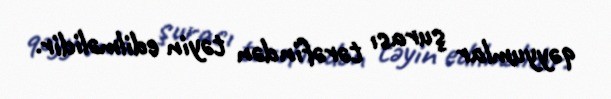
qəyyumlar şurası tərəfindən təyin edilməlidir.